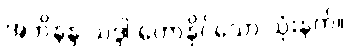
အဘိနန္ဒ-သဒ္ဒါ ဟောနိုင်သော သုံးနက်။